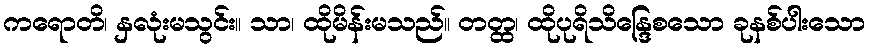
ကရောတိ၊ နှလုံးမသွင်း။ သာ၊ ထိုမိန်းမသည်။ တတ္ထ၊ ထိုပုရိသိန္ဒြေစသော ခုနစ်ပါးသော